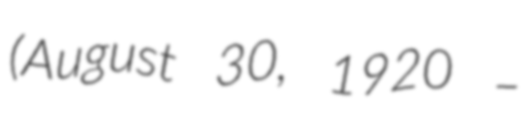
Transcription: (August 30, 1920 –